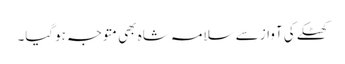
کھٹکے کی آواز سے سلامہ شاہ بھی متوجہ ہوگیا۔